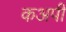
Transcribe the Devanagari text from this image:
कअपी